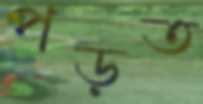
পড়ত